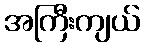
အကြီးကျယ်